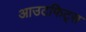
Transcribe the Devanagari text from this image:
आउटफिट्स